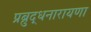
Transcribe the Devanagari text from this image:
प्रब्रुद्धनारायणा